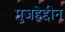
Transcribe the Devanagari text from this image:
मुजहेद्दीन